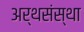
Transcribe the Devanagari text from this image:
अर्थसंस्था